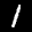
Label: 1